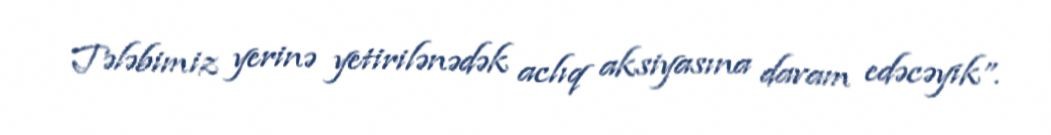
Tələbimiz yerinə yetirilənədək aclıq aksiyasına davam edəcəyik”.